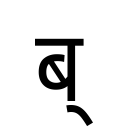
OCR:
ब्